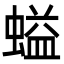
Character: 螠